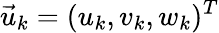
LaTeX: {\vec{u}}_{k}=(u_{k},v_{k},w_{k})^{T}